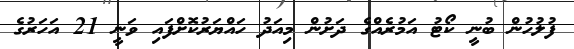
ފުލުހުން ބުނީ ކޯޓު އަމުރެއްގެ ދަށުން މިއަދު ހައްޔަރުކޮށްފައި ވަނީ 21 އަހަރުގެ